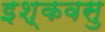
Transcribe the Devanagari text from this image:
इश्कवसु